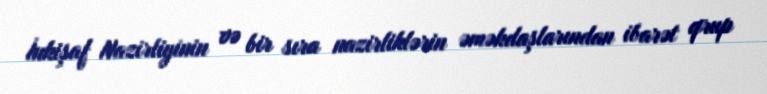
İnkişaf Nazirliyinin və bir sıra nazirliklərin əməkdaşlarından ibarət qrup